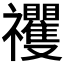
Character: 𥜵